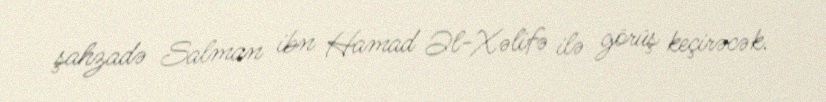
şahzadə Salman ibn Hamad Əl-Xəlifə ilə görüş keçirəcək.